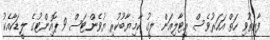
ފާއިތުވި ހަތް އަހަރުވެސް އިޓާލިއަން ލީގު ކާމިޔާބުކުރި ޔުވެންޓަސް 9 ޕޮއިންޓުގެ ލީޑަކާއެކު